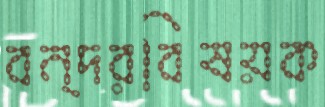
বন্দরবিষয়ক